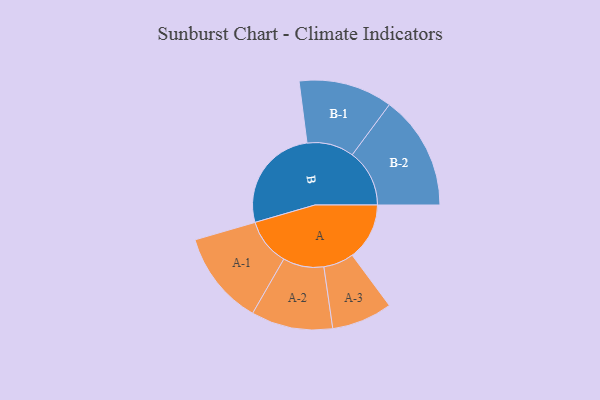
{"axis": {"x": "Segment", "y": "Value"}, "legend": ["", "A", "B"], "data": [{"x": "A", "y": 251, "type": ""}, {"x": "B", "y": 464, "type": ""}, {"x": "A-1", "y": 206, "type": "A"}, {"x": "A-2", "y": 179, "type": "A"}, {"x": "A-3", "y": 133, "type": "A"}, {"x": "B-1", "y": 206, "type": "B"}, {"x": "B-2", "y": 251, "type": "B"}]}